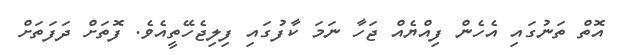
އޮތް ތަނުގައި އެހެން ފިއްޔެއް ޖަހާ ނަމަ ކާފުގައި ފިލިޖެހޭތީއެވެ. ފޮތަށް ދަފަތަށް